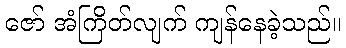
ဇော် အံကြိတ်လျက် ကျန်နေခဲ့သည်။